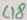
Text: C18